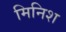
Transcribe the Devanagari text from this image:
मिनिश